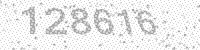
Solution: 128616